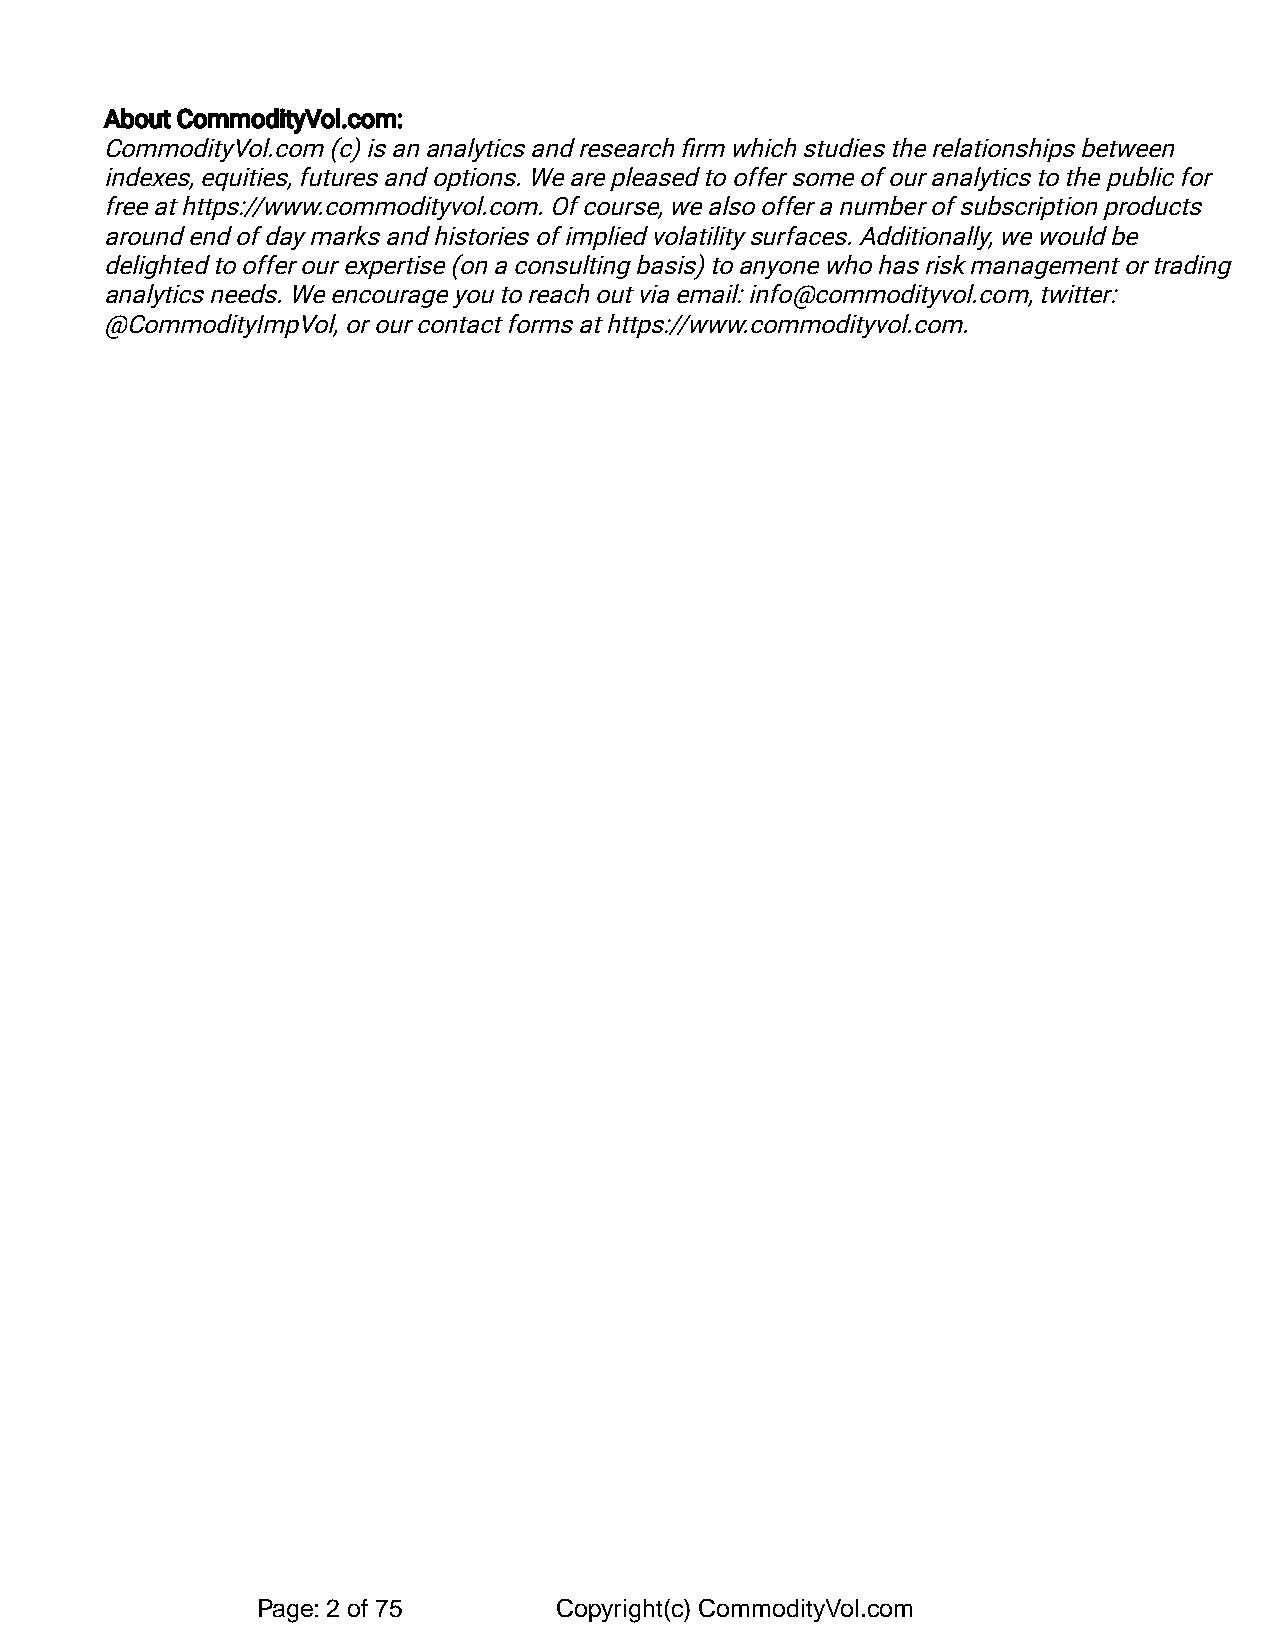
About CommodityVol.com:
 CommodityVol.com (c) is an analytics and research firm which studies the relationships between
 indexes, equities, futures and options. We are pleased to offer some of our analytics to the public for
 free at https://www.commodityvol.com. Of course, we also offer a number of subscription products
 around end of day marks and histories of implied volatility surfaces. Additionally, we would be
 delighted to offer our expertise (on a consulting basis) to anyone who has risk management or trading
 analytics needs. We encourage you to reach out via email: info@commodityvol.com, twitter:
 @CommodityImpVol, or our contact forms at https://www.commodityvol.com.
 Page: 2 of 75       Copyright(c) CommodityVol.com